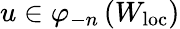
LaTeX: u\in\varphi_{-n}\left(W_{\mathrm{loc}}\right)